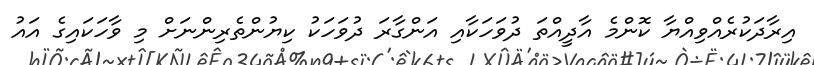
އިރާދަކުރެއްވިއްޔާ ކޮންމެ އާދީއްތަ ދުވަހަކާއި އަންގާރަ ދުވަހަކު ކިޔުންތެރިންނަށް މި ވާހަކައިގެ އައު